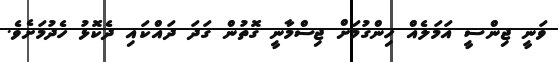
ވަނީ ޖިންސީ އަމަލެއް ހިންގުމަށް ޖިސްމާނީ ގޮތުން ގަދަ ދައްކައި ދެކޮޅު ހެދުމަށެވެ.